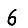
Digit: 6